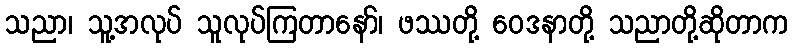
သညာ၊ သူ့အလုပ် သူလုပ်ကြတာနော်၊ ဖဿတို့ ဝေဒနာတို့ သညာတို့ဆိုတာက